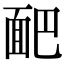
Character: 𩈆